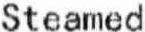
STEAMED